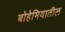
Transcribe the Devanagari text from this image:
बोहेमियातील